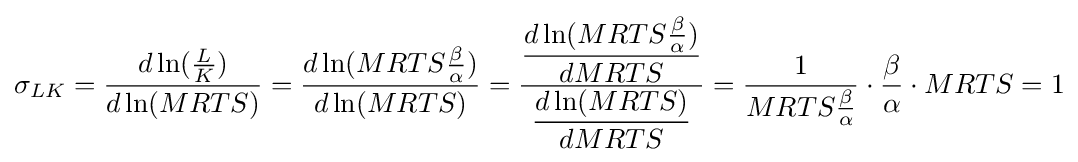
\sigma _{LK}={\dfrac {d\ln({\frac {L}{K}})}{d\ln(MRTS)}}={\dfrac {d\ln(MRTS{\frac {\beta }{\alpha }})}{d\ln(MRTS)}}={\dfrac {\dfrac {d\ln(MRTS{\frac {\beta }{\alpha }})}{dMRTS}}{\dfrac {d\ln(MRTS)}{dMRTS}}}={\dfrac {1}{MRTS{\frac {\beta }{\alpha }}}}\cdot {\frac {\beta }{\alpha }}\cdot MRTS=1